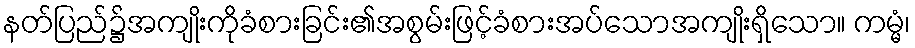
နတ်ပြည်၌အကျိုးကိုခံစားခြင်း၏အစွမ်းဖြင့်ခံစားအပ်သောအကျိုးရှိသော။ ကမ္မံ၊